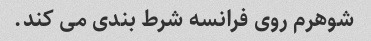
شوهرم روی فرانسه شرط بندی می کند.